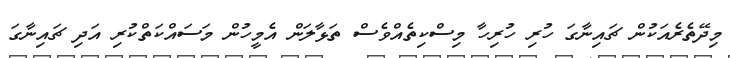
މިދޭތެރެއަކުން ޗައިނާގަ ހުރި ހުރިހާ މިސްކިތެއްވެސް ތަޅާލަން އެމީހުން މަސައްކަތްކުރި އަދި ޗައިނާގަ